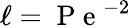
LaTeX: \ell=\mathrm{~P~e~}^{-2}